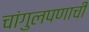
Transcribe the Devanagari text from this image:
चांगुलपणाची